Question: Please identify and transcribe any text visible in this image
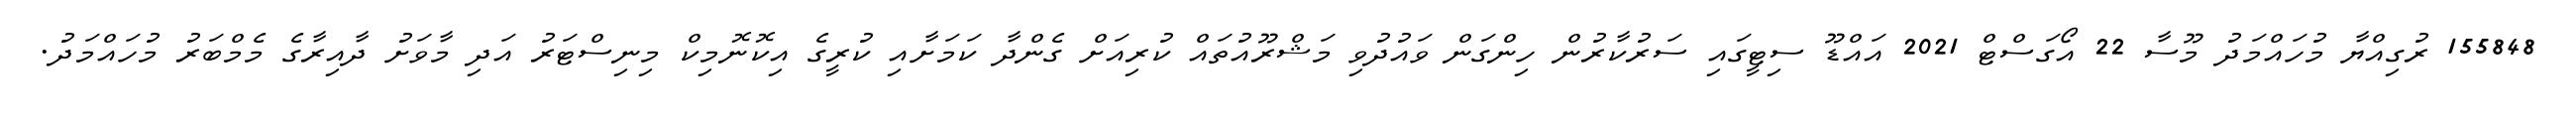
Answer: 155848 ރުގިއްޔާ މުހައްމަދު މޫސާ 22 އޯގަސްޓް 2021 އައްޑޫ ސިޓީގައި ސަރުކާރުން ހިންގަން ވައުދުވި މަޝްރޫއުތައް ކުރިއަށް ގެންދާ ކަމަށާއި ކުރީގެ އިކޮނޮމިކް މިނިސްޓަރު އަދި މާވަށު ދާއިރާގެ މެމްބަރު މުހައްމަދު.